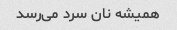
همیشه نان سرد می‌رسد